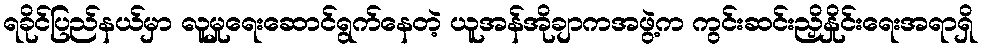
ရခိုင်ပြည်နယ်မှာ လူမှုရေးဆောင်ရွက်နေတဲ့ ယူအန်အိုချာကအဖွဲ့က ကွင်းဆင်းညှိနှိုင်းရေးအရာရှိ